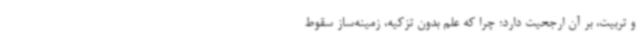
و تربیت، بر آن ارجحیت دارد؛ چرا که علم بدون تزکیه، زمینه‌ساز سقوط